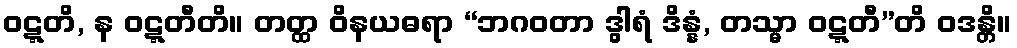
ဝဋ္ဋတိ, န ဝဋ္ဋတီတိ။ တတ္ထ ဝိနယဓရာ “ဘဂဝတာ ဒွါရံ ဒိန္နံ, တသ္မာ ဝဋ္ဋတီ”တိ ဝဒန္တိ။